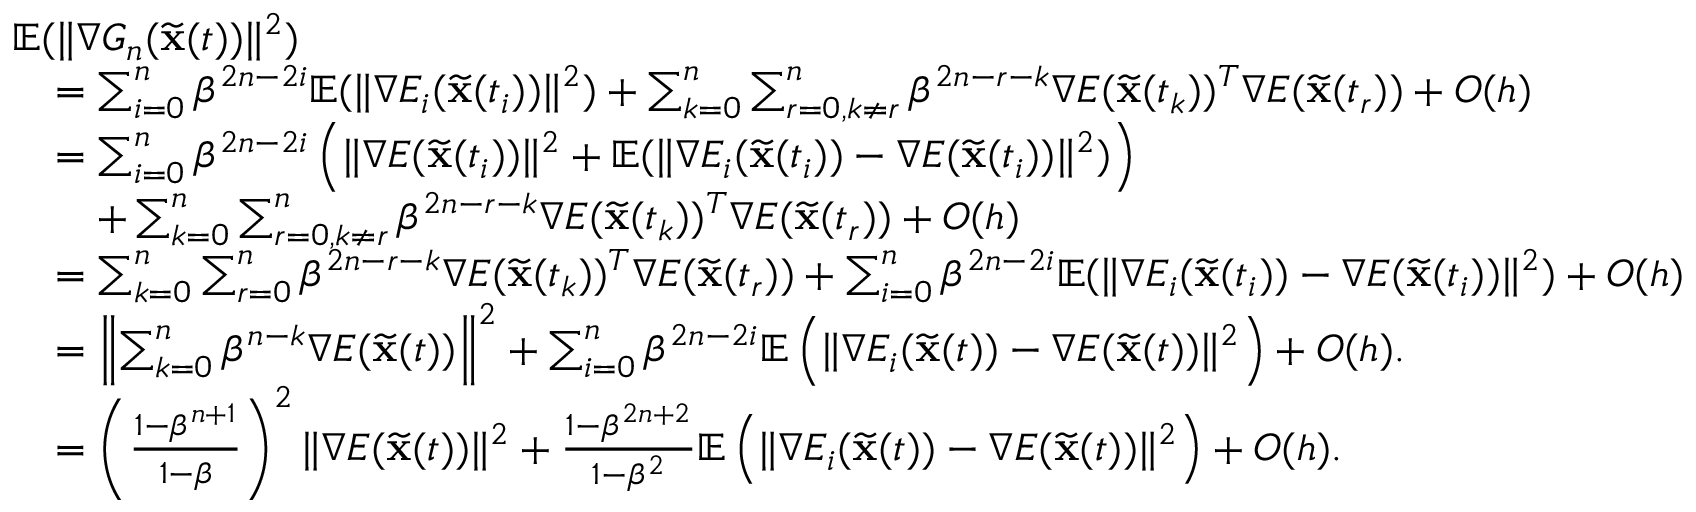
\begin{array} { r l } & { { \mathbb { E } } ( \| \nabla G _ { n } ( \widetilde \mathbf { x } ( t ) ) \| ^ { 2 } ) } \\ & { \quad = \sum _ { i = 0 } ^ { n } \beta ^ { 2 n - 2 i } { \mathbb { E } } ( \| \nabla E _ { i } ( \widetilde \mathbf { x } ( t _ { i } ) ) \| ^ { 2 } ) + \sum _ { k = 0 } ^ { n } \sum _ { r = 0 , k \neq r } ^ { n } \beta ^ { 2 n - r - k } \nabla E ( \widetilde \mathbf { x } ( t _ { k } ) ) ^ { T } \nabla E ( \widetilde \mathbf { x } ( t _ { r } ) ) + O ( h ) } \\ & { \quad = \sum _ { i = 0 } ^ { n } \beta ^ { 2 n - 2 i } \left( \| \nabla E ( \widetilde \mathbf { x } ( t _ { i } ) ) \| ^ { 2 } + { \mathbb { E } } ( \| \nabla E _ { i } ( \widetilde \mathbf { x } ( t _ { i } ) ) - \nabla E ( \widetilde \mathbf { x } ( t _ { i } ) ) \| ^ { 2 } ) \right) } \\ & { \quad \quad + \sum _ { k = 0 } ^ { n } \sum _ { r = 0 , k \neq r } ^ { n } \beta ^ { 2 n - r - k } \nabla E ( \widetilde \mathbf { x } ( t _ { k } ) ) ^ { T } \nabla E ( \widetilde \mathbf { x } ( t _ { r } ) ) + O ( h ) } \\ & { \quad = \sum _ { k = 0 } ^ { n } \sum _ { r = 0 } ^ { n } \beta ^ { 2 n - r - k } \nabla E ( \widetilde \mathbf { x } ( t _ { k } ) ) ^ { T } \nabla E ( \widetilde \mathbf { x } ( t _ { r } ) ) + \sum _ { i = 0 } ^ { n } \beta ^ { 2 n - 2 i } { \mathbb { E } } ( \| \nabla E _ { i } ( \widetilde \mathbf { x } ( t _ { i } ) ) - \nabla E ( \widetilde \mathbf { x } ( t _ { i } ) ) \| ^ { 2 } ) + O ( h ) } \\ & { \quad = \left\| \sum _ { k = 0 } ^ { n } \beta ^ { n - k } \nabla E ( \widetilde \mathbf { x } ( t ) ) \right\| ^ { 2 } + \sum _ { i = 0 } ^ { n } \beta ^ { 2 n - 2 i } { \mathbb { E } } \left( \| \nabla E _ { i } ( \widetilde \mathbf { x } ( t ) ) - \nabla E ( \widetilde \mathbf { x } ( t ) ) \| ^ { 2 } \right) + O ( h ) . } \\ & { \quad = \left( \frac { 1 - \beta ^ { n + 1 } } { 1 - \beta } \right) ^ { 2 } \| \nabla E ( \widetilde \mathbf { x } ( t ) ) \| ^ { 2 } + \frac { 1 - \beta ^ { 2 n + 2 } } { 1 - \beta ^ { 2 } } { \mathbb { E } } \left( \| \nabla E _ { i } ( \widetilde \mathbf { x } ( t ) ) - \nabla E ( \widetilde \mathbf { x } ( t ) ) \| ^ { 2 } \right) + O ( h ) . } \end{array}